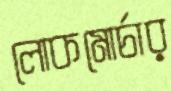
লোকমোর্চার